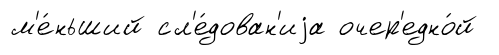
м'е́ньший сл'е́дован'иjа очер'едно́й